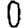
Digit: 0